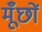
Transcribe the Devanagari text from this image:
मूँछों